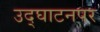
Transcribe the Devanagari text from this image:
उद्‌घाटनपर